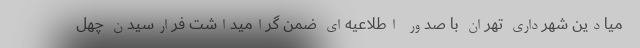
میادین شهرداری تهران با صدور اطلاعیه‌ای ضمن گرامیداشت فرارسیدن چهل